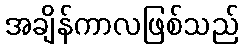
အချိန်ကာလဖြစ်သည်